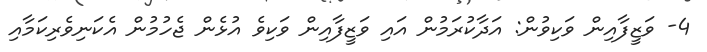
4- ވަޒީފާއިން ވަކިވުން: އަދާކުރަމުން އައި ވަޒީފާއިން ވަކިވެ އުޅެން ޖެހުމުން އެކަނިވެރިކަމާއި